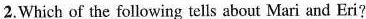
2.Which of the following tells about Mari and Eri?